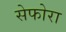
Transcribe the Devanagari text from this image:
सेफोरा